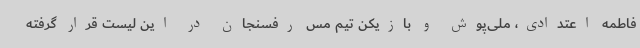
فاطمه اعتدادی، ملی‌پوش و بازیکن تیم مس رفسنجان در این لیست قرار گرفته